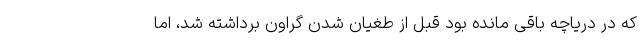
که در دریاچه باقی مانده بود قبل از طغیان شدن گراون برداشته شد، اما